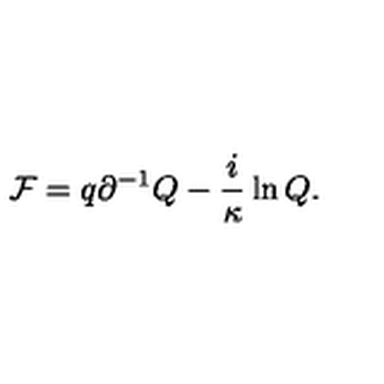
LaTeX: { \cal F } = q \partial ^ { - 1 } Q - \frac { i } { \kappa } \ln Q .